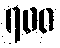
၇၀၀